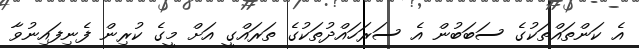
އެ ކަންތައްތަކުގެ ސަބަބުން އެ ސަރަހައްދުތަކުގެ ތަރައްގީ އަށް މީގެ ކުރިން ފެނިފައިނުވާ